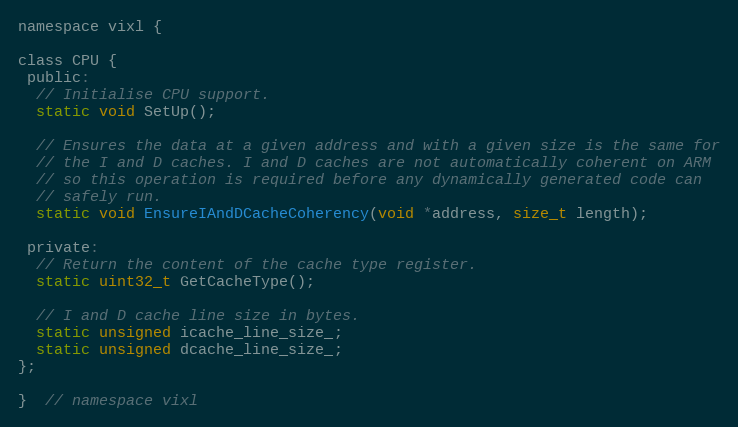
Language: C
namespace vixl {

class CPU {
 public:
  // Initialise CPU support.
  static void SetUp();

  // Ensures the data at a given address and with a given size is the same for
  // the I and D caches. I and D caches are not automatically coherent on ARM
  // so this operation is required before any dynamically generated code can
  // safely run.
  static void EnsureIAndDCacheCoherency(void *address, size_t length);

 private:
  // Return the content of the cache type register.
  static uint32_t GetCacheType();

  // I and D cache line size in bytes.
  static unsigned icache_line_size_;
  static unsigned dcache_line_size_;
};

}  // namespace vixl